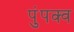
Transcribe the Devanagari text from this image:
पुंपक्व